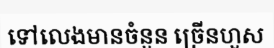
ទៅលេងមានចំនួន ច្រើនហួស